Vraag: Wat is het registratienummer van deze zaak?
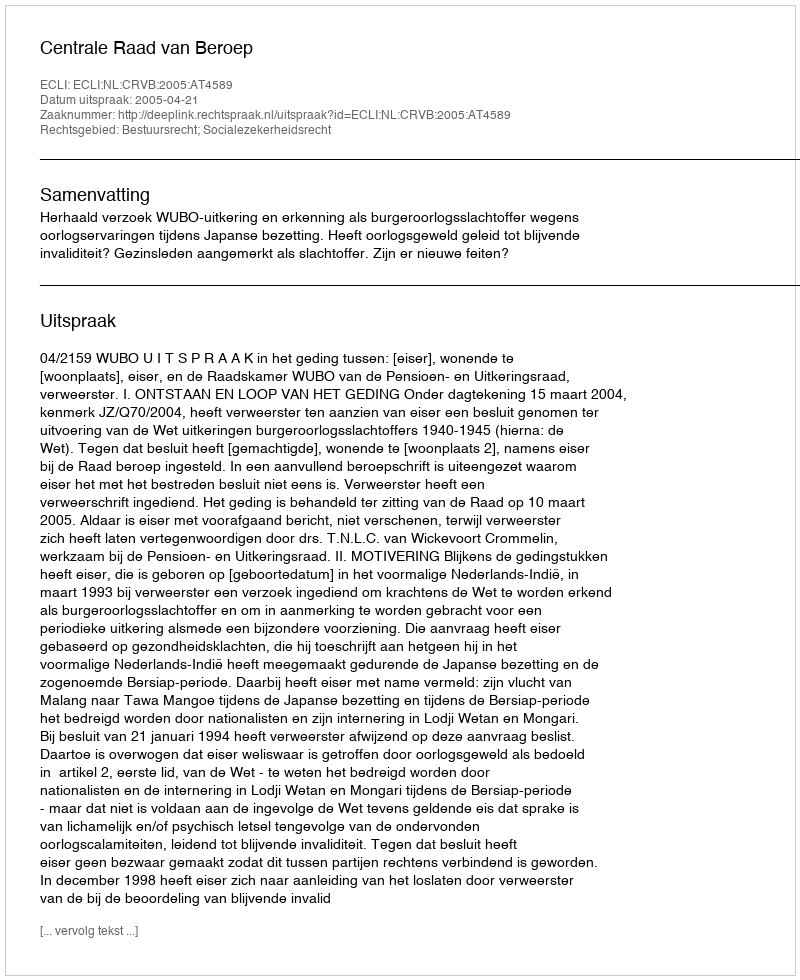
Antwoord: http://deeplink.rechtspraak.nl/uitspraak?id=ECLI:NL:CRVB:2005:AT4589